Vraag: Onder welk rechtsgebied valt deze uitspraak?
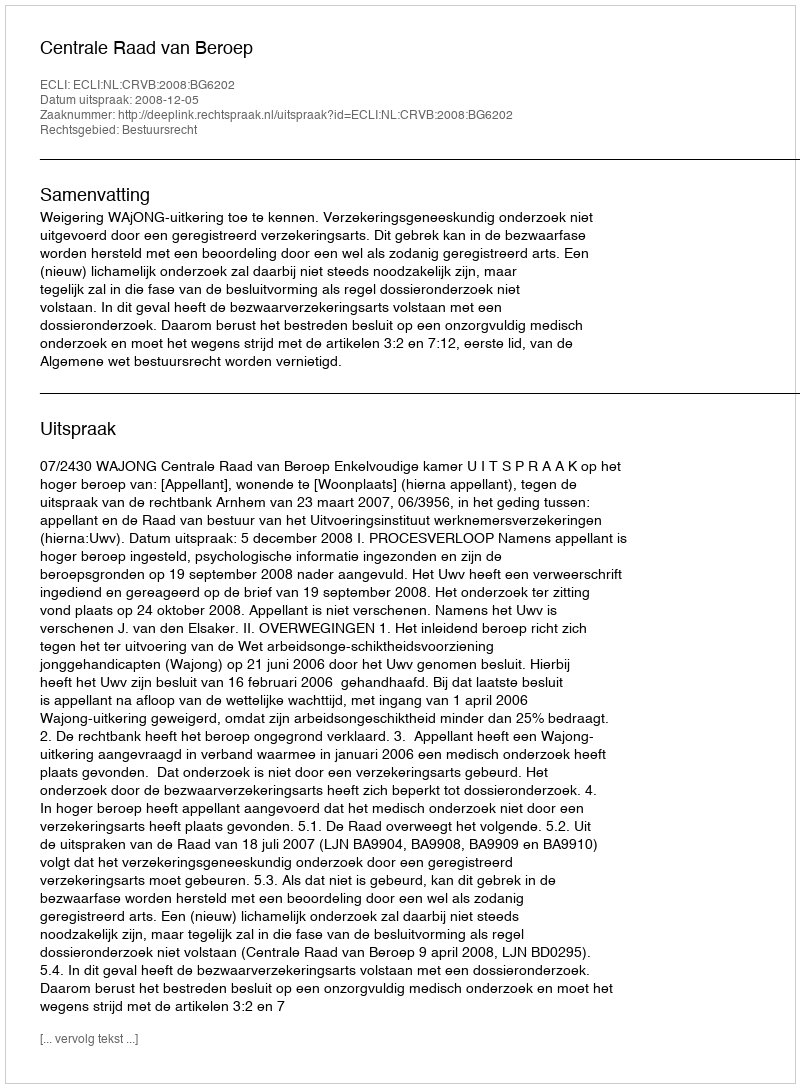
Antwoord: Bestuursrecht